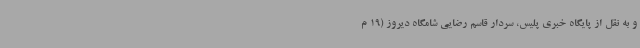
و به نقل از پایگاه خبری پلیس، سردار قاسم رضایی شامگاه دیروز (19 م